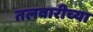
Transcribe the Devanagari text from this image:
तलवारीच्‍या